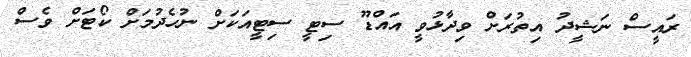
ރައީސް ނަޝީދު އިތުރަށް ވިދާޅުވީ އައްޑޫ ސިޓީ ސިޓީއަކަށް ނުހެދުމަށް ކޯޓަށް ވެސް